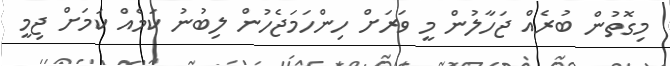
މިގޮތުން ބުރެއް ޖަހާލުން މީ ވަރަށް ހިންހަމަޖެހުން ލިބުނު ކަމެއް ކަމަށް ޖިމީ